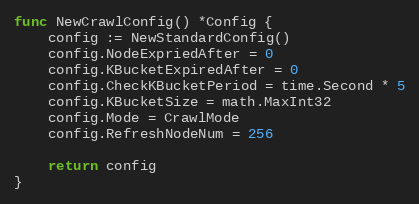
Language: Go
func NewCrawlConfig() *Config {
	config := NewStandardConfig()
	config.NodeExpriedAfter = 0
	config.KBucketExpiredAfter = 0
	config.CheckKBucketPeriod = time.Second * 5
	config.KBucketSize = math.MaxInt32
	config.Mode = CrawlMode
	config.RefreshNodeNum = 256

	return config
}